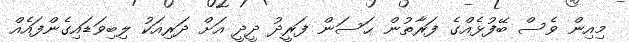
މިއިން ވެސް ބޭފުޅެއްގެ ފަރާތުން ޙަސަން ފަރީދު ދީދީ އަށް ދަރިއަކު ލިބިވަޑައިގެންފައެއް